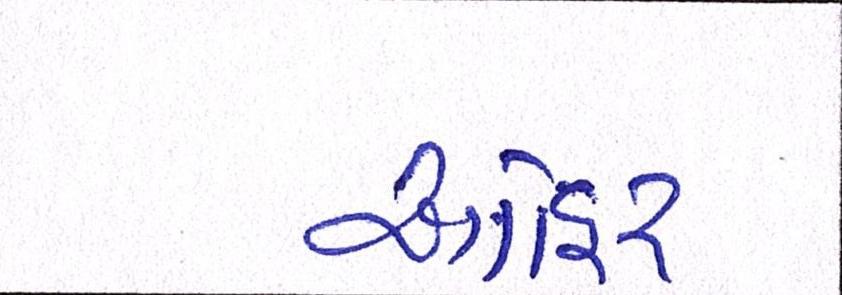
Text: આહિર